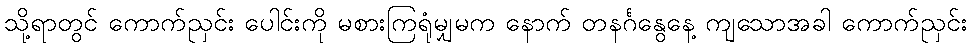
သို့ရာတွင် ကောက်ညှင်း ပေါင်းကို မစားကြရုံမျှမက နောက် တနင်္ဂနွေနေ့ ကျသောအခါ ကောက်ညှင်း